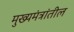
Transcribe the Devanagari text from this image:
मुख्यमंत्रांतील